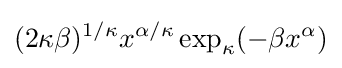
(2\kappa \beta )^{1/\kappa }x^{\alpha /\kappa }\exp _{\kappa }(-\beta x^{\alpha })